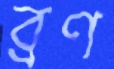
ব্রণ